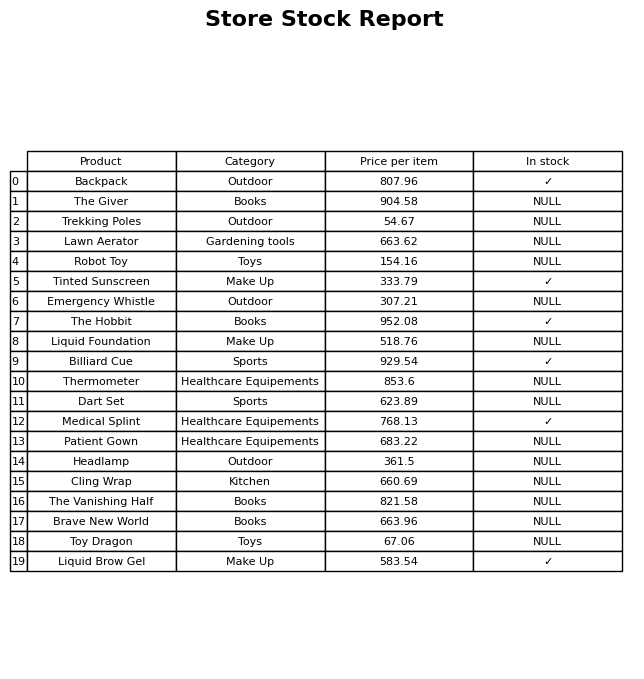
question: What is the price for Toy Dragon?
answer: The price of Toy Dragon is 67.06.